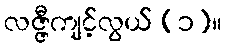
လဇ္ဇီကျင့်လွယ် (၁)။